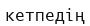
кетпедің